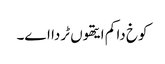
کوخ دا کم ایتھوں ٹردا اے۔